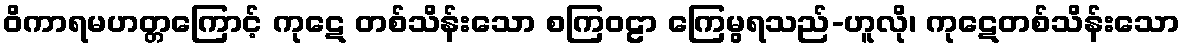
ဝိကာရမဟတ္တကြောင့် ကုဋေ တစ်သိန်းသော စကြဝဠာ ကြေမွရသည်-ဟူလို၊ ကုဋေတစ်သိန်းသော